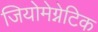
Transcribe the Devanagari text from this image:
जियोमेग्नेटिक